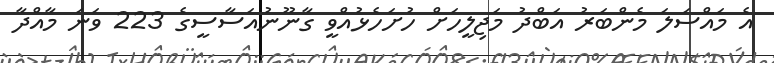
އެ މައްސަލަ މެންބަރު އަބްދު މަޖިލީހަށް ހުށަހެޅުއްވީ ގާނޫނުއަސާސީގެ 223 ވަނަ މާއްދާ